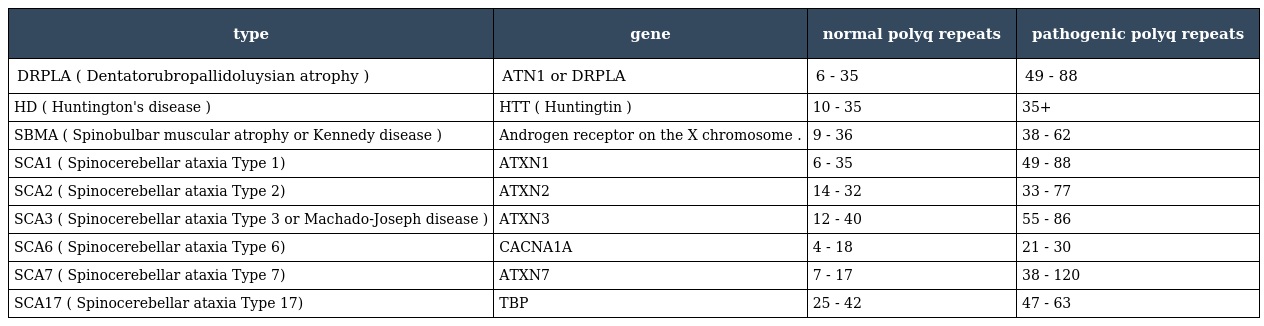
| type | gene | normal polyq repeats | pathogenic polyq repeats |
 | --- | --- | --- | --- |
 | DRPLA ( Dentatorubropallidoluysian atrophy ) | ATN1 or DRPLA | 6 - 35 | 49 - 88 |
 | HD ( Huntington's disease ) | HTT ( Huntingtin ) | 10 - 35 | 35+ |
 | SBMA ( Spinobulbar muscular atrophy or Kennedy disease ) | Androgen receptor on the X chromosome . | 9 - 36 | 38 - 62 |
 | SCA1 ( Spinocerebellar ataxia Type 1) | ATXN1 | 6 - 35 | 49 - 88 |
 | SCA2 ( Spinocerebellar ataxia Type 2) | ATXN2 | 14 - 32 | 33 - 77 |
 | SCA3 ( Spinocerebellar ataxia Type 3 or Machado-Joseph disease ) | ATXN3 | 12 - 40 | 55 - 86 |
 | SCA6 ( Spinocerebellar ataxia Type 6) | CACNA1A | 4 - 18 | 21 - 30 |
 | SCA7 ( Spinocerebellar ataxia Type 7) | ATXN7 | 7 - 17 | 38 - 120 |
 | SCA17 ( Spinocerebellar ataxia Type 17) | TBP | 25 - 42 | 47 - 63 |